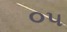
૦૫